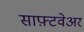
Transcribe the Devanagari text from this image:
साफ़्टवेअर